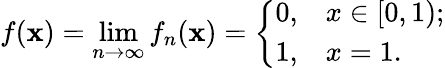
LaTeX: f(\mathbf{x})=\operatorname*{lim}_{n\to\infty}f_{n}(\mathbf{x})={\left\{ \begin{array}{ll}{0,}&{x\in[0,1);}\\ {1,}&{x=1.}\end{array}\right.}